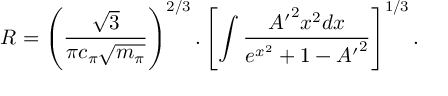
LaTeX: R = \left( \frac { \sqrt 3 } { \pi c _ { \pi } \sqrt { m _ { \pi } } } \right) ^ { 2 / 3 } . \left[ \int \frac { { A ^ { \prime } } ^ { 2 } x ^ { 2 } d x } { e ^ { x ^ { 2 } } + 1 - { A ^ { \prime } } ^ { 2 } } \right] ^ { 1 / 3 } .